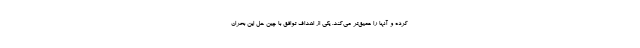
کرده و آنها را عمیق‌تر می‌کند. یکی از اهداف توافق با چین حل این بحران